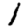
Digit: 1